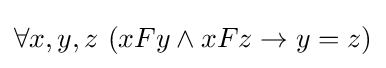
\forall x,y,z\,\left(xFy\wedge xFz\to y=z\right)